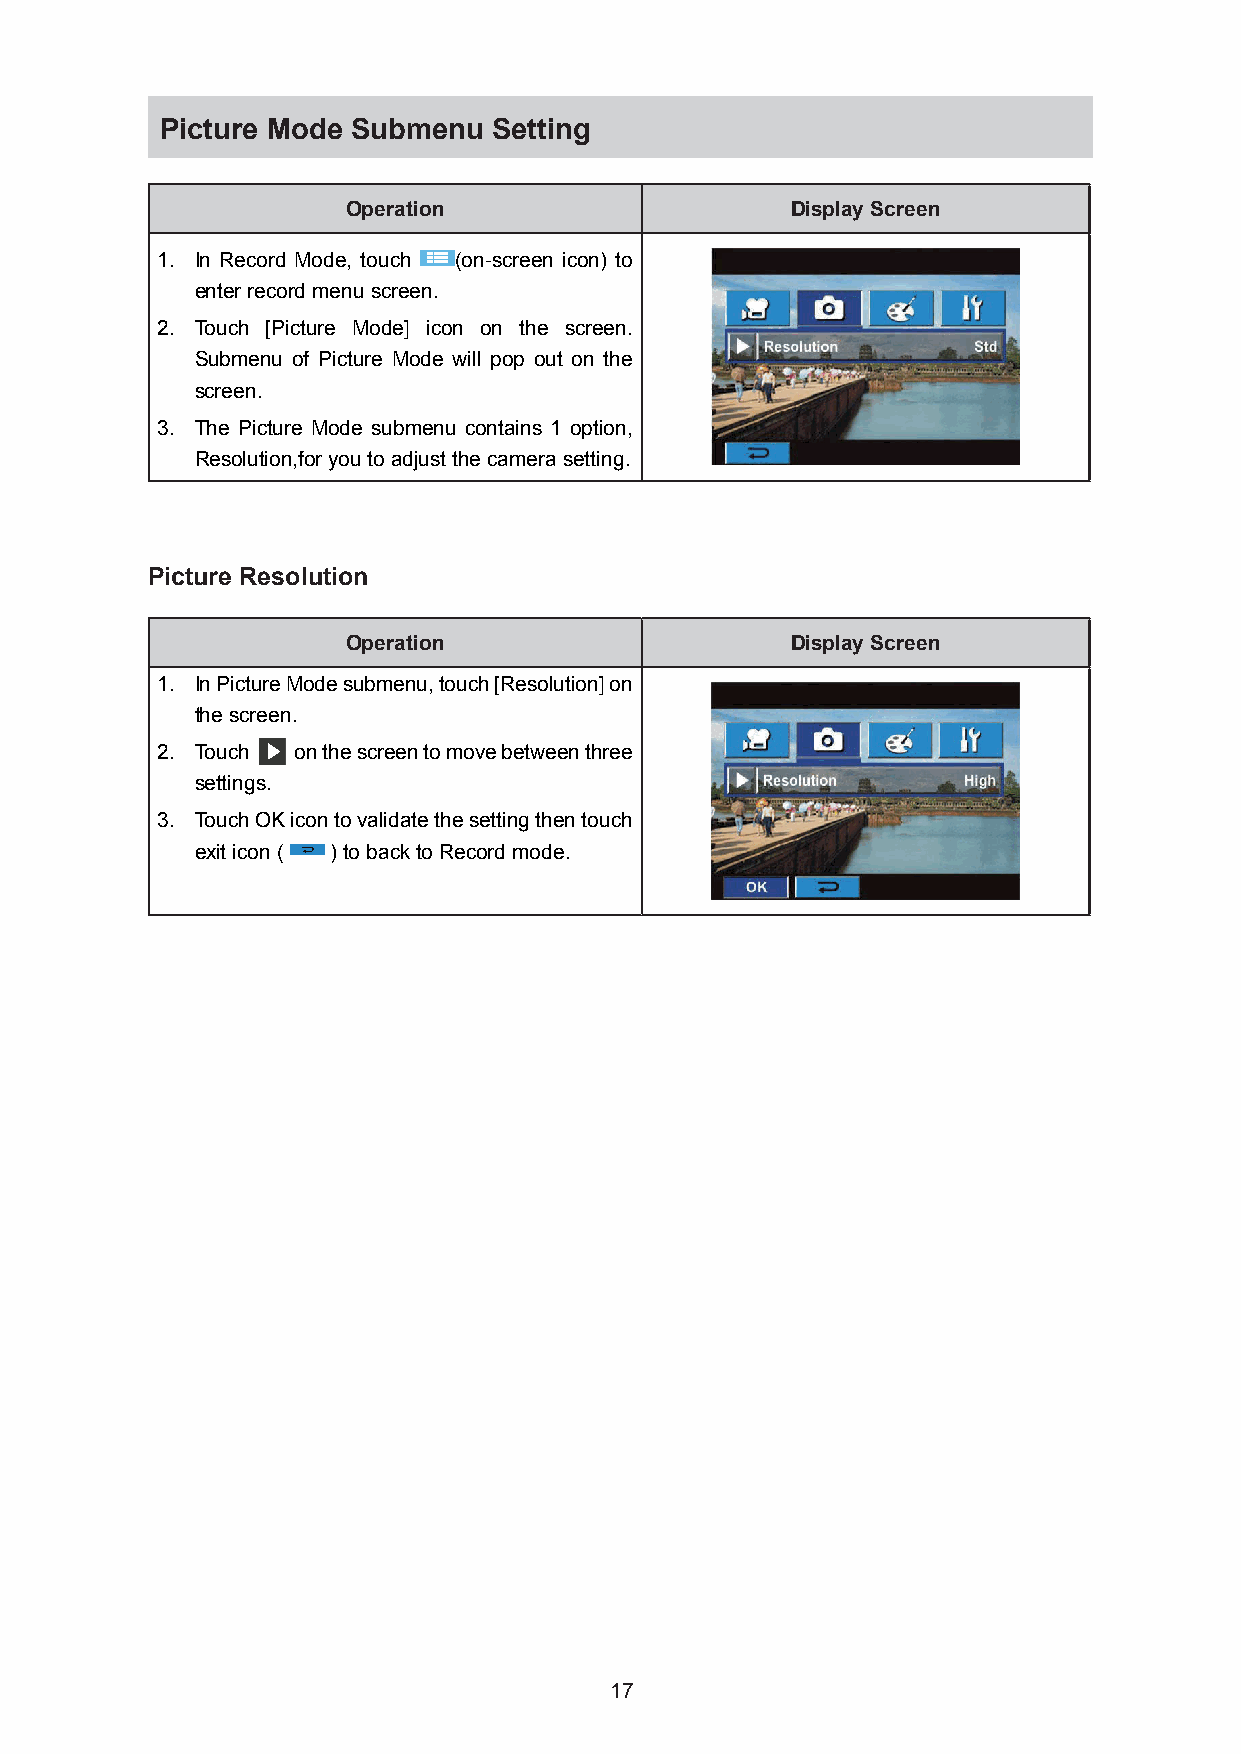
Picture Mode Submenu  Setting
 Operation                    Display Screen
 1. In Record Mode, touch (on-screen icon) to
 enter record menu screen.
 2. Touch [Picture Mode] icon on the screen.
 Submenu of Picture Mode will pop out on the
 screen.
 3. The Picture Mode submenu contains 1 option,
 Resolution,for you to adjust the camera setting.
 Picture Resolution
 Operation                    Display Screen
 1. In Picture Mode submenu, touch [Resolution] on
 the screen.
 2. Touch  on the screen to move between three
 settings.
 3. Touch OK icon to validate the setting then touch
 exit icon ( ) to back to Record mode.
 17